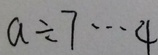
a \div 4 \cdots 4